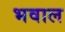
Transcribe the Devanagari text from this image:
भवाल